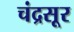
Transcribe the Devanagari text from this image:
चंद्रसूर